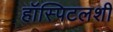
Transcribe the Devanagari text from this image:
हॉस्पिटलशी